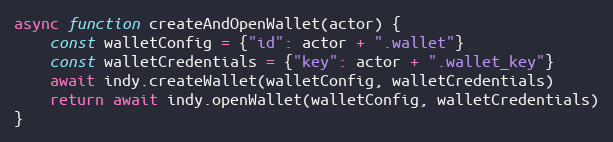
Language: JavaScript
async function createAndOpenWallet(actor) {
    const walletConfig = {"id": actor + ".wallet"}
    const walletCredentials = {"key": actor + ".wallet_key"}
    await indy.createWallet(walletConfig, walletCredentials)
    return await indy.openWallet(walletConfig, walletCredentials)
}